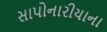
સાપોનારીયાના